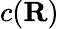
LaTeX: c(\mathbf{R})